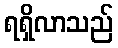
ရရှိလာသည်